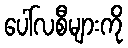
ပေါ်လစီများကို